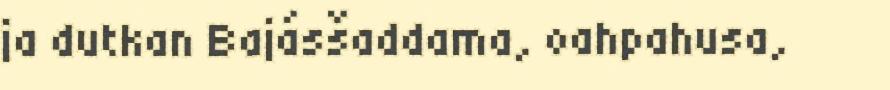
ja dutkan Bajásšaddama, oahpahusa,